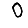
Digit: 0